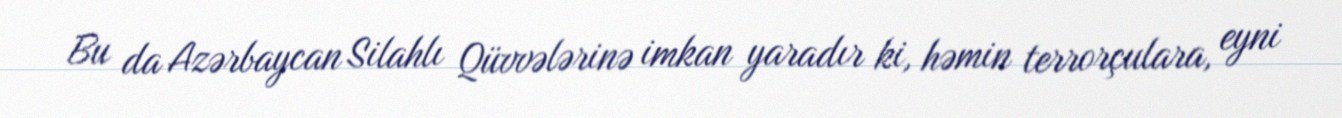
Bu da Azərbaycan Silahlı Qüvvələrinə imkan yaradır ki, həmin terrorçulara, eyni